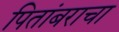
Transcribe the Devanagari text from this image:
पितांबराचा